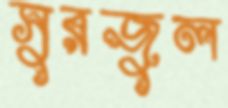
সুরজুল